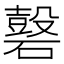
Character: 𥖗